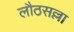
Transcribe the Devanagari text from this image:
लौठसल्ला